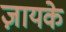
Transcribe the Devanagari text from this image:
ज़ायके